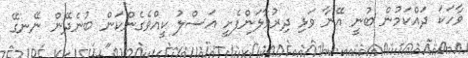
ވާހަކަ ދައްކަމުން ބުނީ އޭނާ ވަޅި ދިރުވާލަންފެށީ އަސްލު ކީއްވެގެންކަން ބުނެދޭން ނޭނގޭ